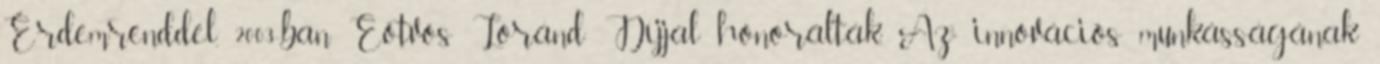
Érdemrenddel, 2003-ban Eötvös Loránd Díjjal honorálták. Az innovációs munkásságának